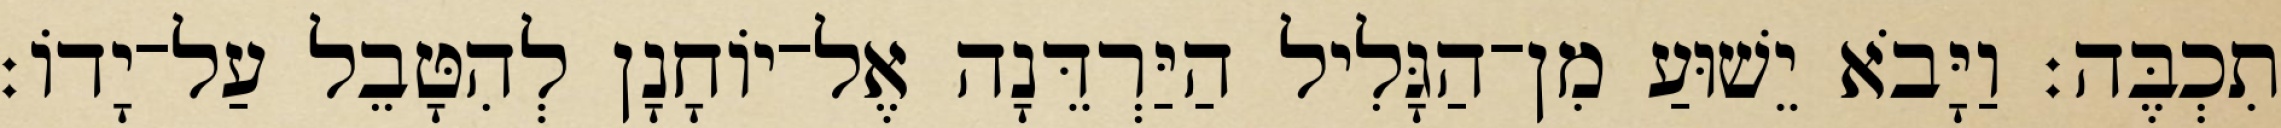
תִכְבֶּה׃ וַיָּבֹא יֵשׁוּעַ מִן־הַגָּלִיל הַיַּרְדֵּנָה אֶל־יוֹחָנָן לְהִטָּבֵל עַל־יָדוֹ׃